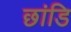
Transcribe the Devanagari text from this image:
छांडि